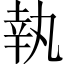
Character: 執